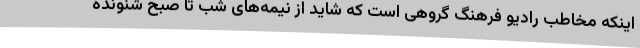
اینکه مخاطب رادیو فرهنگ گروهی است که شاید از نیمه‌های شب تا صبح شنونده